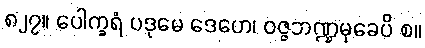
၈၂၇။ ပေါက္ခရံ ပဒုမေ ဒေဟေ၊ ဝဇ္ဇဘဏ္ဍမုခေပိ စ။